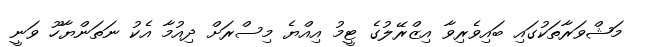
މަޝްވަރާތަކުގައި ބައިވެރިވާ އިޒްރޭލުގެ ޓީމު އިއްޔެ މިސްރަށް ދިއުމާ އެކު ނަތަންޔާހޫ ވަނީ